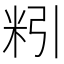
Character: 粌